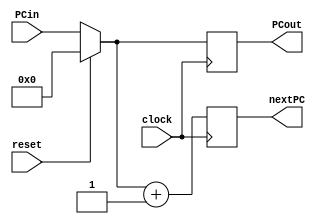
module program_counter(clock, reset, PCin, PCout, nextPC);
	parameter ADDRESS_SIZE = 32;
	parameter ADDRESS_INCREMENT= 1'b1;
	
	input [ADDRESS_SIZE-1:0] PCin;
	input clock, reset;
	
	reg [ADDRESS_SIZE-1:0] PC;
	
	output reg [ADDRESS_SIZE-1:0] PCout, nextPC;
	
	
	always @ (posedge clock)
	begin
		if(reset) begin
			PC = 0;
		end
		else begin
			PC = PCin;
		end
		PCout = PC;
		nextPC = PC + ADDRESS_INCREMENT;

	end
	
endmodule